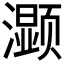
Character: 𰝤